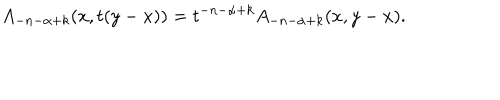
A _ { - n - \alpha + k } ( x , t ( y - x ) ) = t ^ { - n - \alpha + k } A _ { - n - \alpha + k } ( x , y - x ) .